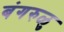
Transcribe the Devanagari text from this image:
बंगरुळु